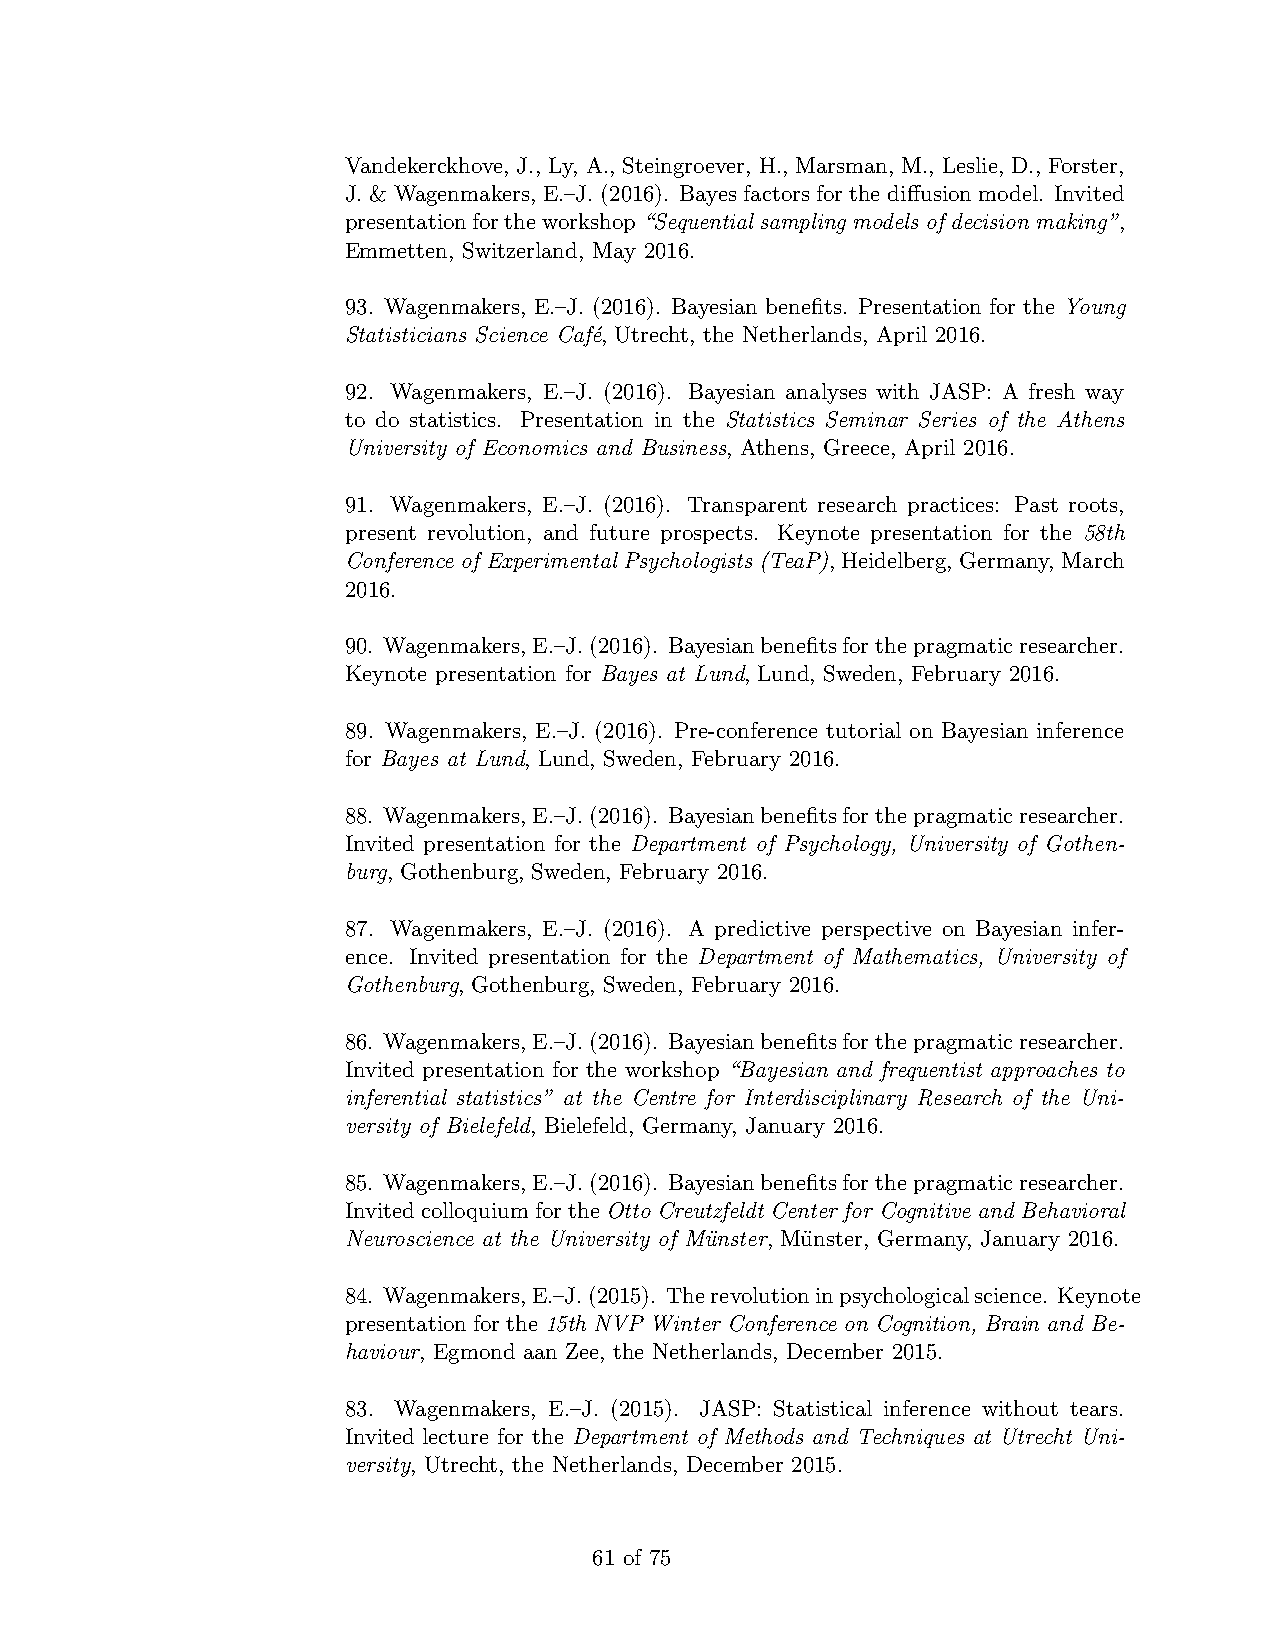
Vandekerckhove, J., Ly, A., Steingroever, H., Marsman, M., Leslie, D., Forster,
 J. & Wagenmakers, E.–J. (2016). Bayes factors for the diffusion model. Invited
 presentationfortheworkshop“Sequential sampling models of decision making”,
 Emmetten, Switzerland, May 2016.
 93. Wagenmakers, E.–J. (2016). Bayesian benefits. Presentation for the Young
 Statisticians Science Caf´e, Utrecht, the Netherlands, April 2016.
 92. Wagenmakers, E.–J. (2016). Bayesian analyses with JASP: A fresh way
 to do statistics. Presentation in the Statistics Seminar Series of the Athens
 University of Economics and Business, Athens, Greece, April 2016.
 91. Wagenmakers, E.–J. (2016). Transparent research practices: Past roots,
 present revolution, and future prospects. Keynote presentation for the 58th
 Conference of Experimental Psychologists (TeaP),Heidelberg, Germany, March
 2016.
 90. Wagenmakers,E.–J.(2016). Bayesianbenefitsforthepragmaticresearcher.
 Keynote presentation for Bayes at Lund, Lund, Sweden, February 2016.
 89. Wagenmakers, E.–J. (2016). Pre-conference tutorial on Bayesian inference
 for Bayes at Lund, Lund, Sweden, February 2016.
 88. Wagenmakers,E.–J.(2016). Bayesianbenefitsforthepragmaticresearcher.
 Invited presentation for the Department of Psychology, University of Gothen-
 burg, Gothenburg, Sweden, February 2016.
 87. Wagenmakers, E.–J. (2016). A predictive perspective on Bayesian infer-
 ence. Invited presentation for the Department of Mathematics, University of
 Gothenburg, Gothenburg, Sweden, February 2016.
 86. Wagenmakers,E.–J.(2016). Bayesianbenefitsforthepragmaticresearcher.
 Invited presentation for the workshop “Bayesian and frequentist approaches to
 inferential statistics” at the Centre for Interdisciplinary Research of the Uni-
 versity of Bielefeld, Bielefeld, Germany, January 2016.
 85. Wagenmakers,E.–J.(2016). Bayesianbenefitsforthepragmaticresearcher.
 InvitedcolloquiumfortheOtto Creutzfeldt Center for Cognitive and Behavioral
 Neuroscience at the University of Mu¨nster, Mu¨nster, Germany, January 2016.
 84. Wagenmakers,E.–J.(2015). Therevolutioninpsychologicalscience. Keynote
 presentation for the 15th NVP Winter Conference on Cognition, Brain and Be-
 haviour, Egmond aan Zee, the Netherlands, December 2015.
 83. Wagenmakers, E.–J. (2015). JASP: Statistical inference without tears.
 Invited lecture for the Department of Methods and Techniques at Utrecht Uni-
 versity, Utrecht, the Netherlands, December 2015.
 61 of 75